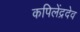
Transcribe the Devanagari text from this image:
कपिलेंद्रदेव